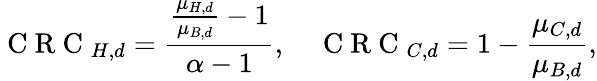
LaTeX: \mathrm{~C~R~C~}_{H,d}=\frac{\frac{\mu_{H,d}}{\mu_{B,d}}-1}{\alpha-1},\quad\mathrm{~C~R~C~}_{C,d}=1-\frac{\mu_{C,d}}{\mu_{B,d}},